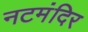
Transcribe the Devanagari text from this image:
नटमंदिर